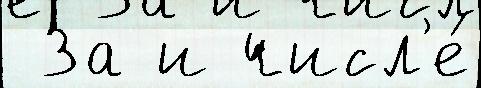
 За и числ'е́